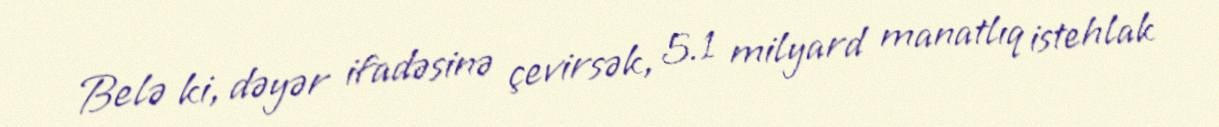
Belə ki, dəyər ifadəsinə çevirsək, 5.1 milyard manatlıq istehlak